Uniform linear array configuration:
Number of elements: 32
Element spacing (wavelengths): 1
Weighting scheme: cosine
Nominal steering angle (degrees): -60
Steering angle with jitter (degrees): -59.054
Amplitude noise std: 0.05
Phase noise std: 0.05

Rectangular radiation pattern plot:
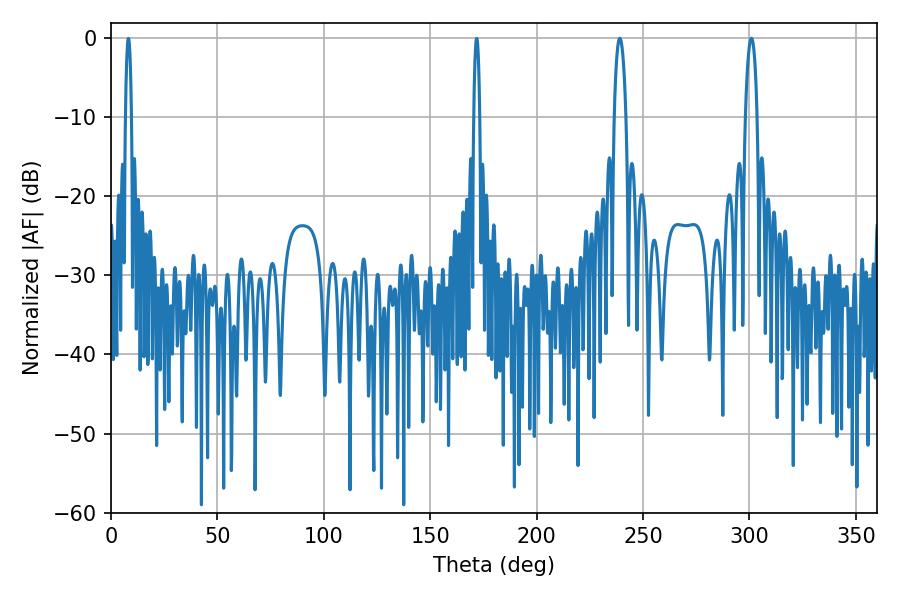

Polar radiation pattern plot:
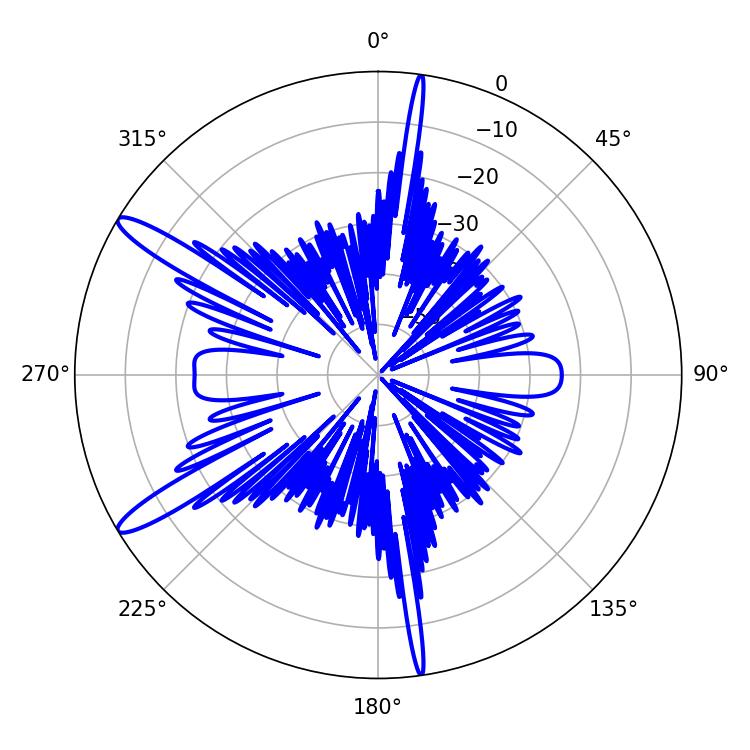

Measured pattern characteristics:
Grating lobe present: TRUE
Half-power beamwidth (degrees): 3.06
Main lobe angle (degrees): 300.96